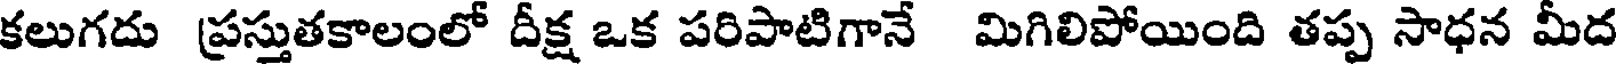
కలుగదు ప్రస్తుతకాలంలో దీక్ష ఒక పరిపాటిగానే మిగిలిపోయింది తప్ప సాధన మీద